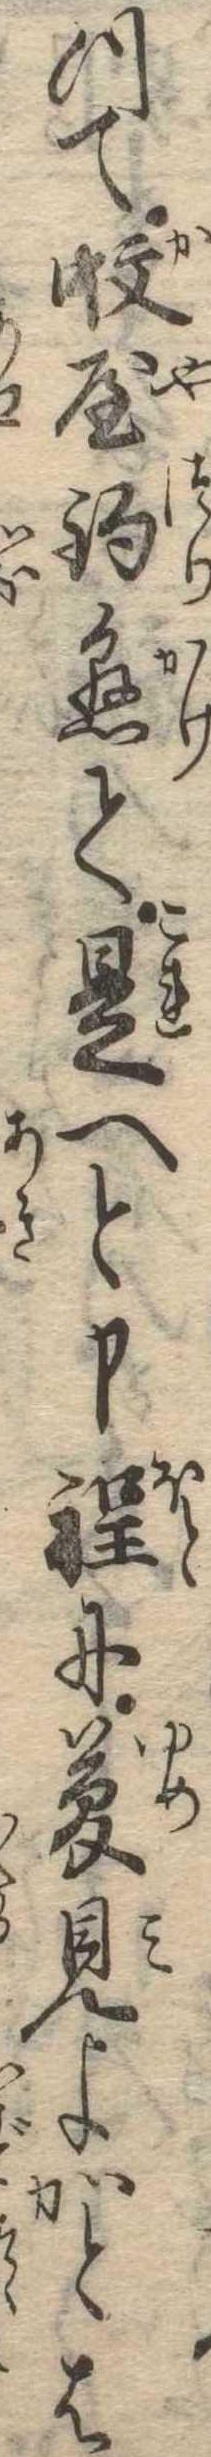
つて蚊屋釣懸て是へと申程に夢見よかとは